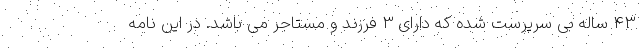
43 ساله بی سرپرست شده که دارای 3 فرزند و مستاجر می باشد. در این نامه